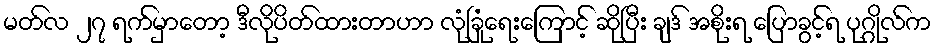
မတ်လ ၂၇ ရက်မှာတော့ ဒီလိုပိတ်ထားတာဟာ လုံခြုံရေးကြောင့် ဆိုပြီး ချဒ် အစိုးရ ပြောခွင့်ရ ပုဂ္ဂိုလ်က